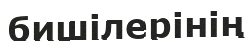
бишілерінің